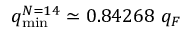
q _ { \mathrm { m i n } } ^ { N = 1 4 } \simeq 0 . 8 4 2 6 8 ~ q _ { F }